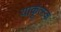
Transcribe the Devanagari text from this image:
याकूत्स्क